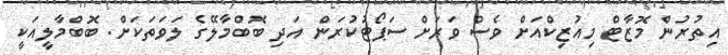
އިތުރުން މޮޒާޓް މިއުޒިކްއަށް ވެސް ވަރަށް ސަޕޯޓުކުރަން އަދި ބޮބްމާލޭގެ ލަވަތަކަށް. ބޮބްމާލީއަކީ